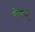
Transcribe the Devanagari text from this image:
रंगया